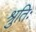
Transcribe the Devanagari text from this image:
श्रुतिः